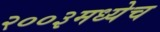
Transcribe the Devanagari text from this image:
२००३मध्येच